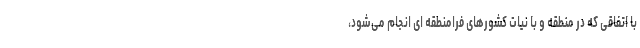
با اتفاقی که در منطقه و با نیات کشورهای فرامنطقه ای انجام می‌شود،